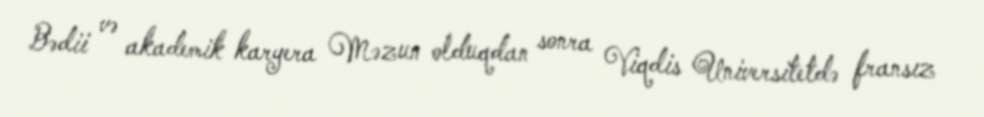
Bədii və akademik karyera Məzun olduqdan sonra Viqdis Universitetdə fransız